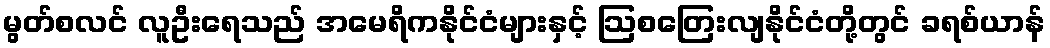
မွတ်စလင် လူဦးရေသည် အမေရိကနိုင်ငံများနှင့် ဩစတြေးလျနိုင်ငံတို့တွင် ခရစ်ယာန်